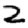
Digit: 2